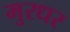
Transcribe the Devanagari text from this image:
मुरधर